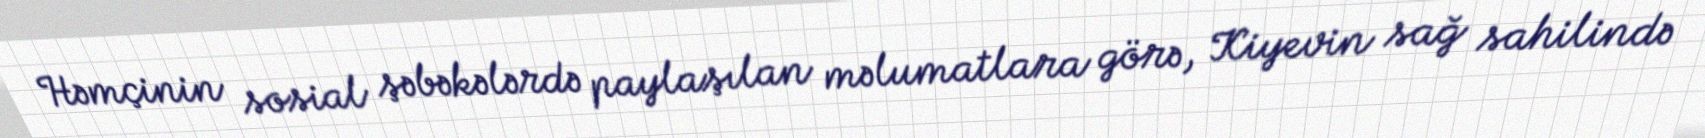
Həmçinin sosial şəbəkələrdə paylaşılan məlumatlara görə, Kiyevin sağ sahilində